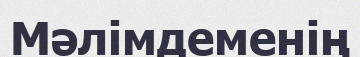
Мәлімдеменің